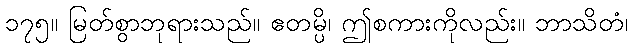
၁၇၅။ မြတ်စွာဘုရားသည်။ ဧတမ္ပိ၊ ဤစကားကိုလည်း။ ဘာသိတံ၊